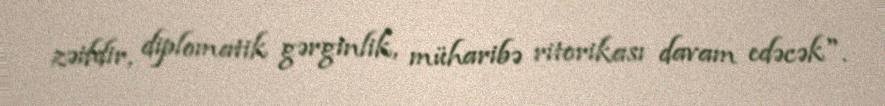
zəifdir, diplomatik gərginlik, müharibə ritorikası davam edəcək".